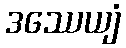
ဒဿေယျံ